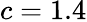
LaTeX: c=1.4